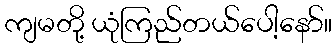
ကျမတို့ ယုံကြည်တယ်ပေါ့နော်။